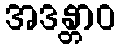
အဒန္တာဝ